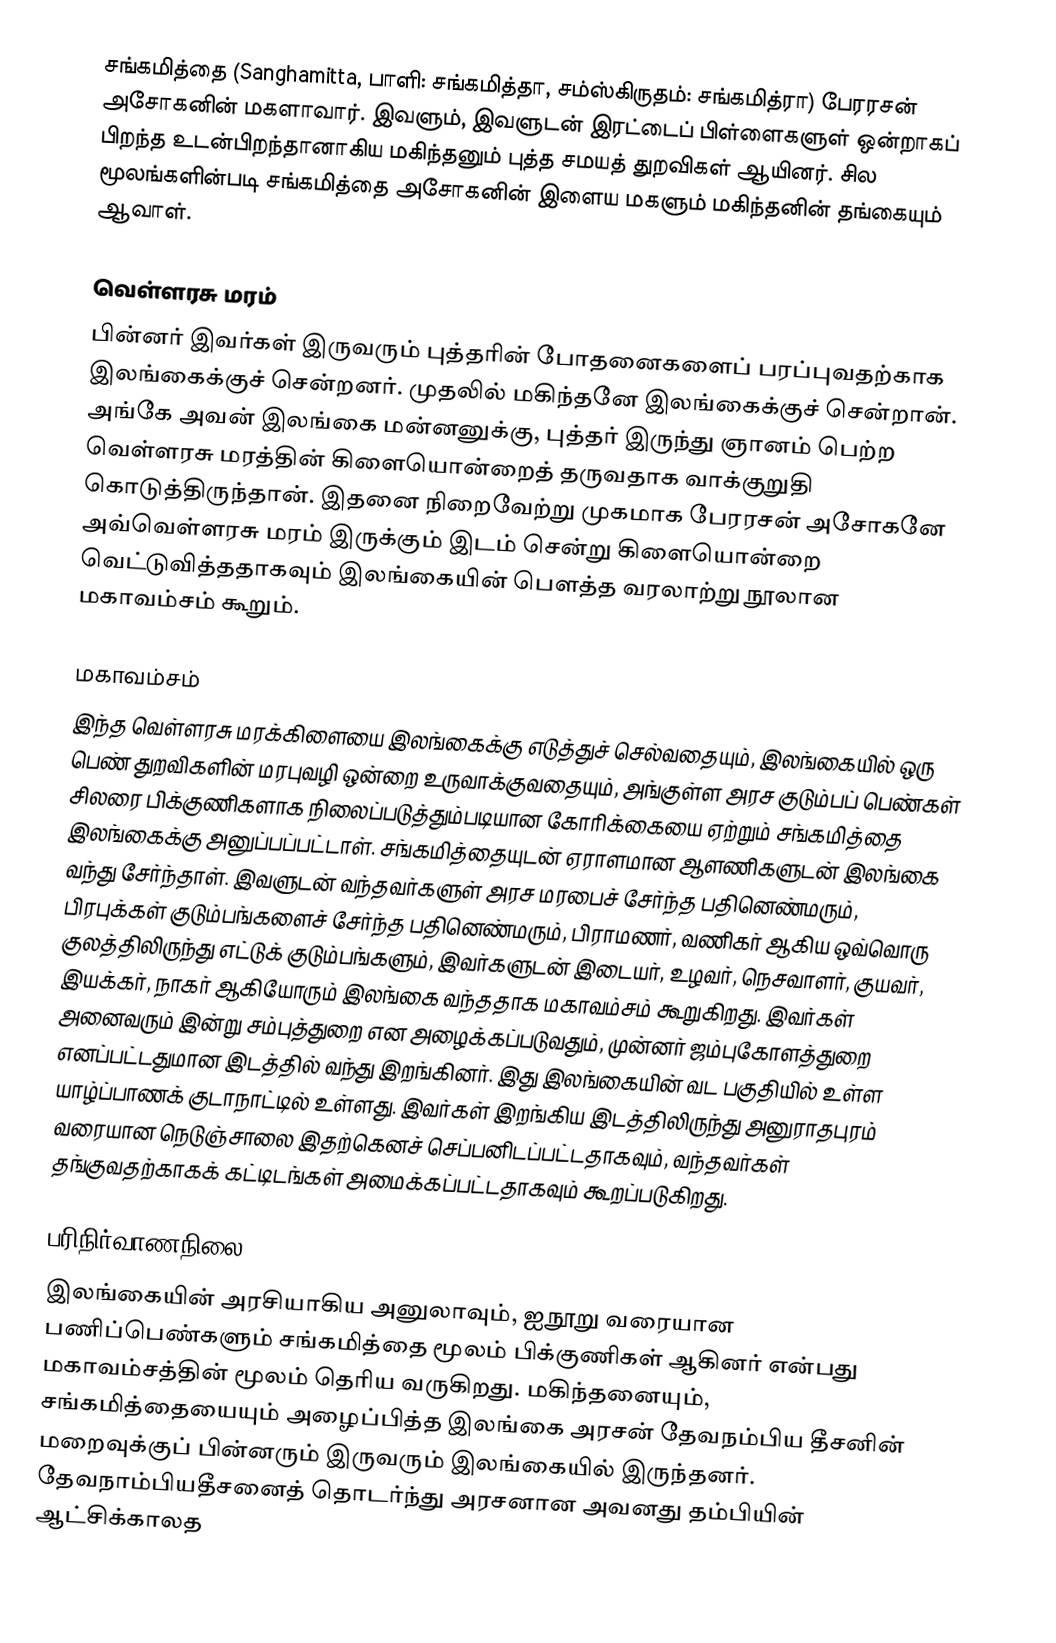
சங்கமித்தை (Sanghamitta, பாளி: சங்கமித்தா, சம்ஸ்கிருதம்: சங்கமித்ரா) பேரரசன் அசோகனின் மகளாவார். இவளும், இவளுடன் இரட்டைப் பிள்ளைகளுள் ஒன்றாகப் பிறந்த உடன்பிறந்தானாகிய மகிந்தனும் புத்த சமயத் துறவிகள் ஆயினர். சில மூலங்களின்படி சங்கமித்தை அசோகனின் இளைய மகளும் மகிந்தனின் தங்கையும் ஆவாள்.

வெள்ளரசு மரம்
பின்னர் இவர்கள் இருவரும் புத்தரின் போதனைகளைப் பரப்புவதற்காக இலங்கைக்குச் சென்றனர். முதலில் மகிந்தனே இலங்கைக்குச் சென்றான். அங்கே அவன் இலங்கை மன்னனுக்கு, புத்தர் இருந்து ஞானம் பெற்ற வெள்ளரசு மரத்தின் கிளையொன்றைத் தருவதாக வாக்குறுதி கொடுத்திருந்தான். இதனை நிறைவேற்று முகமாக பேரரசன் அசோகனே அவ்வெள்ளரசு மரம் இருக்கும் இடம் சென்று கிளையொன்றை வெட்டுவித்ததாகவும் இலங்கையின் பௌத்த வரலாற்று நூலான மகாவம்சம் கூறும்.

மகாவம்சம்
இந்த வெள்ளரசு மரக்கிளையை இலங்கைக்கு எடுத்துச் செல்வதையும், இலங்கையில் ஒரு பெண் துறவிகளின் மரபுவழி ஒன்றை உருவாக்குவதையும், அங்குள்ள அரச குடும்பப் பெண்கள் சிலரை பிக்குணிகளாக நிலைப்படுத்தும்படியான கோரிக்கையை ஏற்றும் சங்கமித்தை இலங்கைக்கு அனுப்பப்பட்டாள். சங்கமித்தையுடன் ஏராளமான ஆளணிகளுடன் இலங்கை வந்து சேர்ந்தாள். இவளுடன் வந்தவர்களுள் அரச மரபைச் சேர்ந்த பதினெண்மரும், பிரபுக்கள் குடும்பங்களைச் சேர்ந்த பதினெண்மரும், பிராமணர், வணிகர் ஆகிய ஒவ்வொரு குலத்திலிருந்து எட்டுக் குடும்பங்களும், இவர்களுடன் இடையர், உழவர், நெசவாளர், குயவர், இயக்கர், நாகர் ஆகியோரும் இலங்கை வந்ததாக மகாவம்சம் கூறுகிறது. இவர்கள் அனைவரும் இன்று சம்புத்துறை என அழைக்கப்படுவதும், முன்னர் ஜம்புகோளத்துறை எனப்பட்டதுமான இடத்தில் வந்து இறங்கினர். இது இலங்கையின் வட பகுதியில் உள்ள யாழ்ப்பாணக் குடாநாட்டில் உள்ளது. இவர்கள் இறங்கிய இடத்திலிருந்து அனுராதபுரம் வரையான நெடுஞ்சாலை இதற்கெனச் செப்பனிடப்பட்டதாகவும், வந்தவர்கள் தங்குவதற்காகக் கட்டிடங்கள் அமைக்கப்பட்டதாகவும் கூறப்படுகிறது.

பரிநிர்வாணநிலை
இலங்கையின் அரசியாகிய அனுலாவும், ஐநூறு வரையான பணிப்பெண்களும் சங்கமித்தை மூலம் பிக்குணிகள் ஆகினர் என்பது மகாவம்சத்தின் மூலம் தெரிய வருகிறது. மகிந்தனையும், சங்கமித்தையையும் அழைப்பித்த இலங்கை அரசன் தேவநம்பிய தீசனின் மறைவுக்குப் பின்னரும் இருவரும் இலங்கையில் இருந்தனர். தேவநாம்பியதீசனைத் தொடர்ந்து அரசனான அவனது தம்பியின் ஆட்சிக்காலத